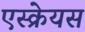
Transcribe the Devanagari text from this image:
एस्क्रेयस